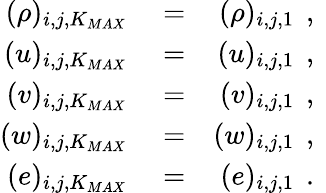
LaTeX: \begin{array}{rlr}{(\rho)_{i,j,K_{MAX}}}&{{}=}&{(\rho)_{i,j,1}\, \mathrm{~,~}}\\ {(u)_{i,j,K_{MAX}}}&{{}=}&{(u)_{i,j,1}\, \mathrm{~,~}}\\ {(v)_{i,j,K_{MAX}}}&{{}=}&{(v)_{i,j,1}\, \mathrm{~,~}}\\ {(w)_{i,j,K_{MAX}}}&{{}=}&{(w)_{i,j,1}\, \mathrm{~,~}}\\ {(e)_{i,j,K_{MAX}}}&{{}=}&{(e)_{i,j,1}\, \mathrm{~.~}}\end{array}